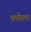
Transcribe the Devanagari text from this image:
वर्षांतला